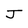
Character: J